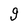
Character: g